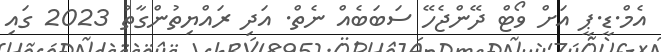
އެމް.ޑީ.ޕީ އަށް ވޯޓް ދޭންޖެހޭ ސަބަބެއް ނެތް. އަދި ރައްޔިތުންގާތު 2023 ގައި